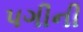
પગીની